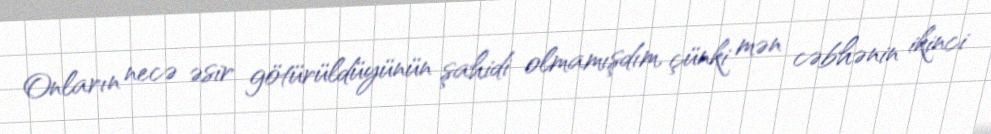
Onların necə əsir götürüldüyünün şahidi olmamışdım, çünki mən cəbhənin ikinci